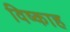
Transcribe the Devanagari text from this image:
विष्काह